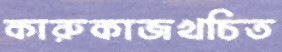
কারুকাজখচিত